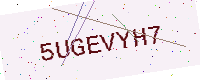
Text: 5UGEVYH7